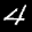
Label: 4